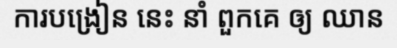
ការបង្រៀន នេះ នាំ ពួកគេ ឲ្យ ឈាន